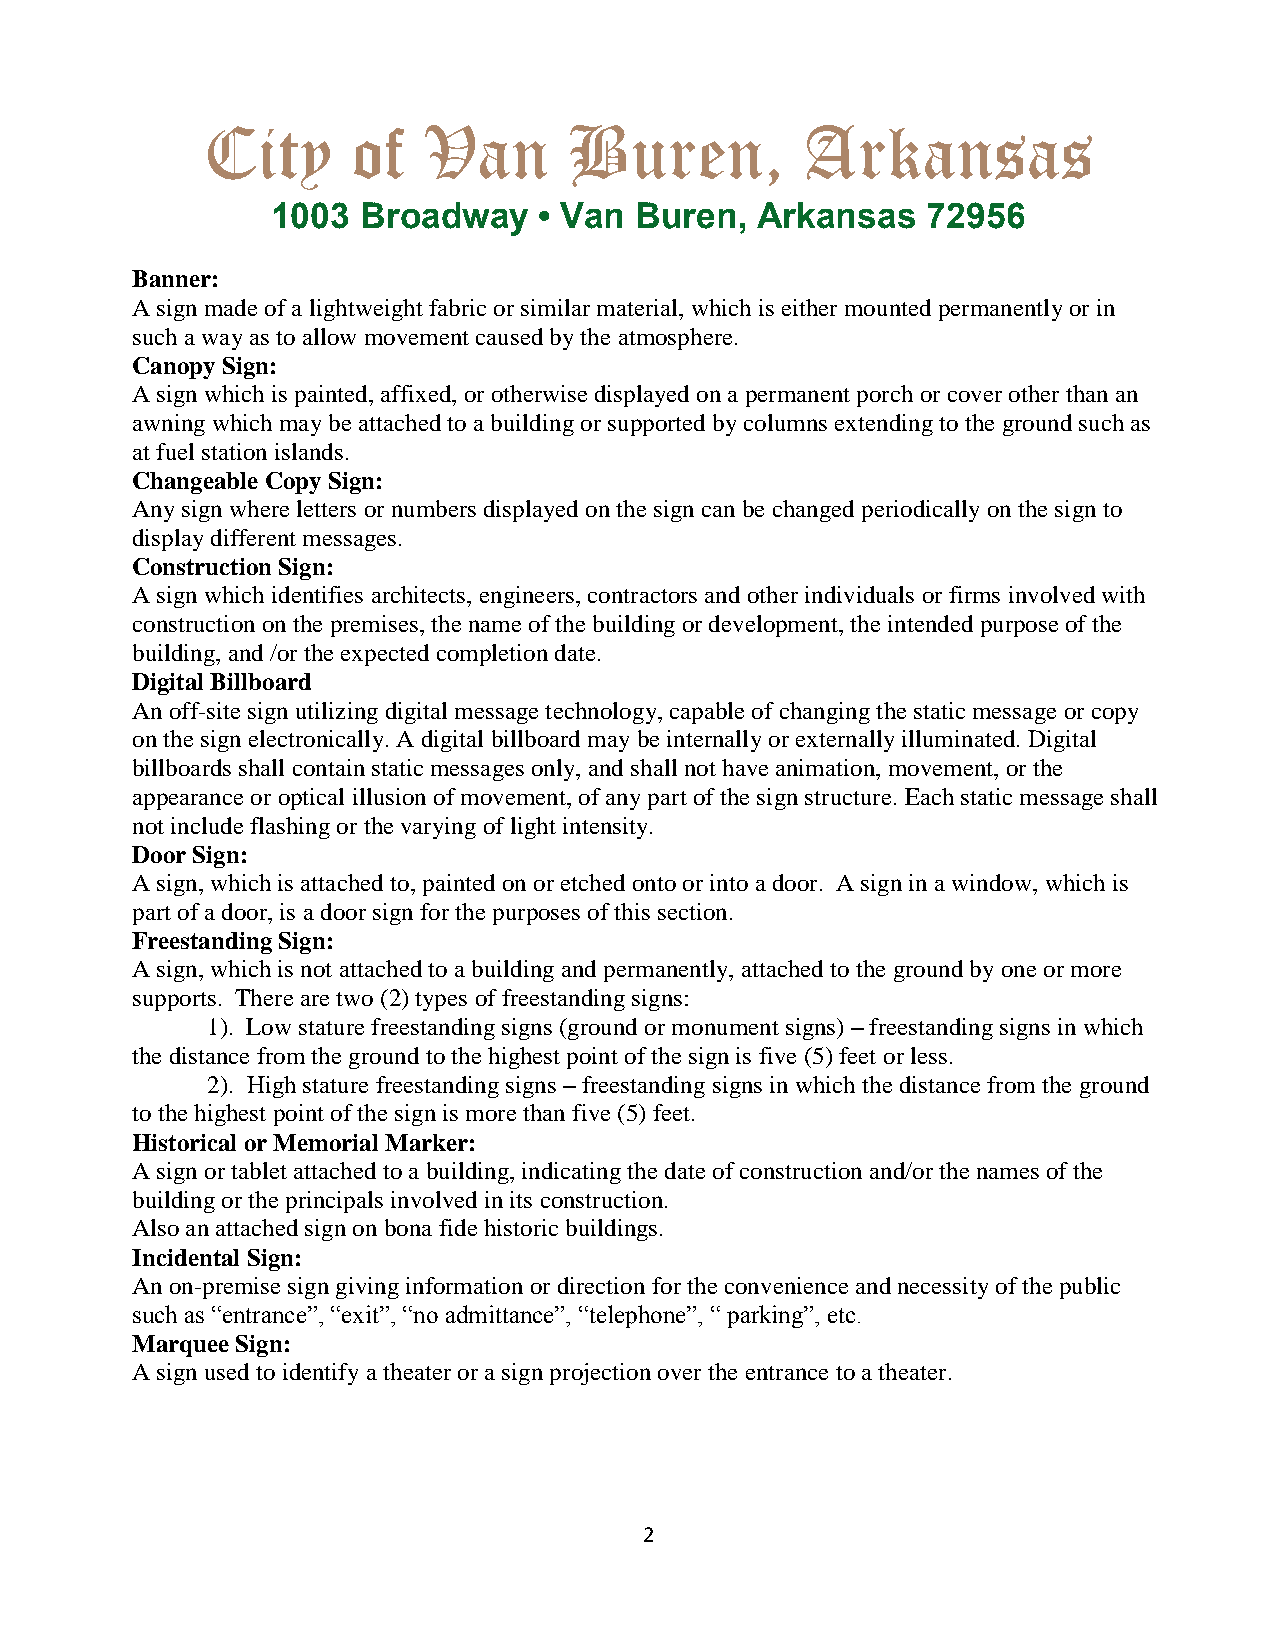
City      of   Van       Buren,         Arkansas
 1003  Broadway    • Van Buren,  Arkansas   72956
 Banner:
 A sign made of a lightweight fabric or similar material, which is either mounted permanently or in
 such a way as to allow movement caused by the atmosphere.
 Canopy Sign:
 A sign which is painted, affixed, or otherwise displayed on a permanent porch or cover other than an
 awning which may be attached to a building or supported by columns extending to the ground such as
 at fuel station islands.
 Changeable Copy Sign:
 Any sign where letters or numbers displayed on the sign can be changed periodically on the sign to
 display different messages.
 Construction Sign:
 A sign which identifies architects, engineers, contractors and other individuals or firms involved with
 construction on the premises, the name of the building or development, the intended purpose of the
 building, and /or the expected completion date.
 Digital Billboard
 An off-site sign utilizing digital message technology, capable of changing the static message or copy
 on the sign electronically. A digital billboard may be internally or externally illuminated. Digital
 billboards shall contain static messages only, and shall not have animation, movement, or the
 appearance or optical illusion of movement, of any part of the sign structure. Each static message shall
 not include flashing or the varying of light intensity.
 Door Sign:
 A sign, which is attached to, painted on or etched onto or into a door. A sign in a window, which is
 part of a door, is a door sign for the purposes of this section.
 Freestanding Sign:
 A sign, which is not attached to a building and permanently, attached to the ground by one or more
 supports. There are two (2) types of freestanding signs:
 1). Low stature freestanding signs (ground or monument signs) – freestanding signs in which
 the distance from the ground to the highest point of the sign is five (5) feet or less.
 2). High stature freestanding signs – freestanding signs in which the distance from the ground
 to the highest point of the sign is more than five (5) feet.
 Historical or Memorial Marker:
 A sign or tablet attached to a building, indicating the date of construction and/or the names of the
 building or the principals involved in its construction.
 Also an attached sign on bona fide historic buildings.
 Incidental Sign:
 An on-premise sign giving information or direction for the convenience and necessity of the public
 such as “entrance”, “exit”, “no admittance”, “telephone”, “ parking”, etc.
 Marquee Sign:
 A sign used to identify a theater or a sign projection over the entrance to a theater.
 2